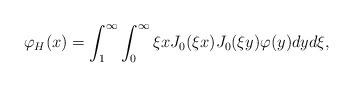
LaTeX: \begin{align*}\varphi_H(x)=\int_1^{\infty}\int_0^{\infty}\xi xJ_0(\xi x)J_0(\xi y)\varphi(y)dyd\xi,\end{align*}